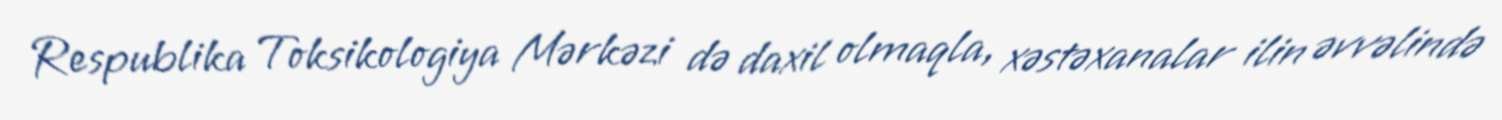
Respublika Toksikologiya Mərkəzi də daxil olmaqla, xəstəxanalar ilin əvvəlində